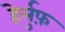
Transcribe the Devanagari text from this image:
हेर्लुफ़